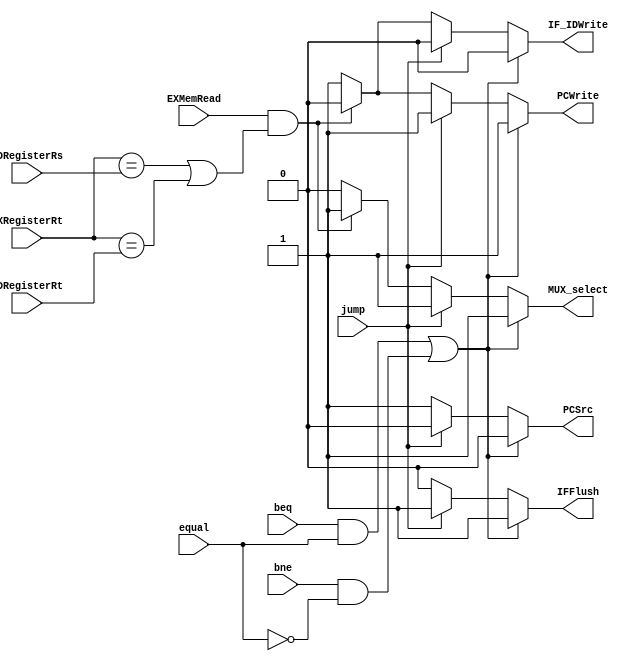
`timescale 1ns / 1ps

module hazardUnit(EXMemRead, beq, bne, equal, jump, EXRegisterRt, IDRegisterRs, IDRegisterRt,
    PCWrite, IF_IDWrite, IFFlush, PCSrc, MUX_select);

    // Assume branch not taken

    // Singals related to hazard
    // Load-Use hazard
    input EXMemRead;
    // Branch and jump related
    input beq, bne, equal, jump;
    // Registers for detecting load-use hazard
    input [4:0] EXRegisterRt, IDRegisterRs, IDRegisterRt;

    output PCWrite, IF_IDWrite, IFFlush, PCSrc;
    // If MUX_select = 1, then flush signals in ID/EX
    output MUX_select;

    reg PCWrite, IF_IDWrite, IFFlush, PCSrc, MUX_select;

    initial begin
        MUX_select <= 0;
        PCWrite <= 1;
        IF_IDWrite <= 1;
        IFFlush <= 0;
        PCSrc <= 1;
    end


    always @ (*)
    begin
        // branch (beq & bne)
        if ((beq && equal) || (bne && equal == 0)) begin 
            MUX_select <= 1;
            PCWrite <= 1;
            IF_IDWrite <= 0;
            IFFlush <= 1;
            PCSrc <= 0;    
        end
        // jump
        else if (jump) begin
            MUX_select <= 1;
            PCWrite <= 1;
            IF_IDWrite <= 0;
            IFFlush <= 1;
            PCSrc <= 0; 
        end
        // load-use hazard
        else if (EXMemRead && (EXRegisterRt == IDRegisterRs || 
            EXRegisterRt == IDRegisterRt)) begin
            MUX_select <= 1;
            PCWrite <= 0;
            IF_IDWrite <= 0;
            IFFlush <= 0;
            PCSrc <= 1;
        end
        // No hazard that needs NOP detected
        else begin 
            MUX_select <= 0;
            PCWrite <= 1;
            IF_IDWrite <= 1;
            IFFlush <= 0;
            PCSrc <= 1;         
        end
    end
endmodule